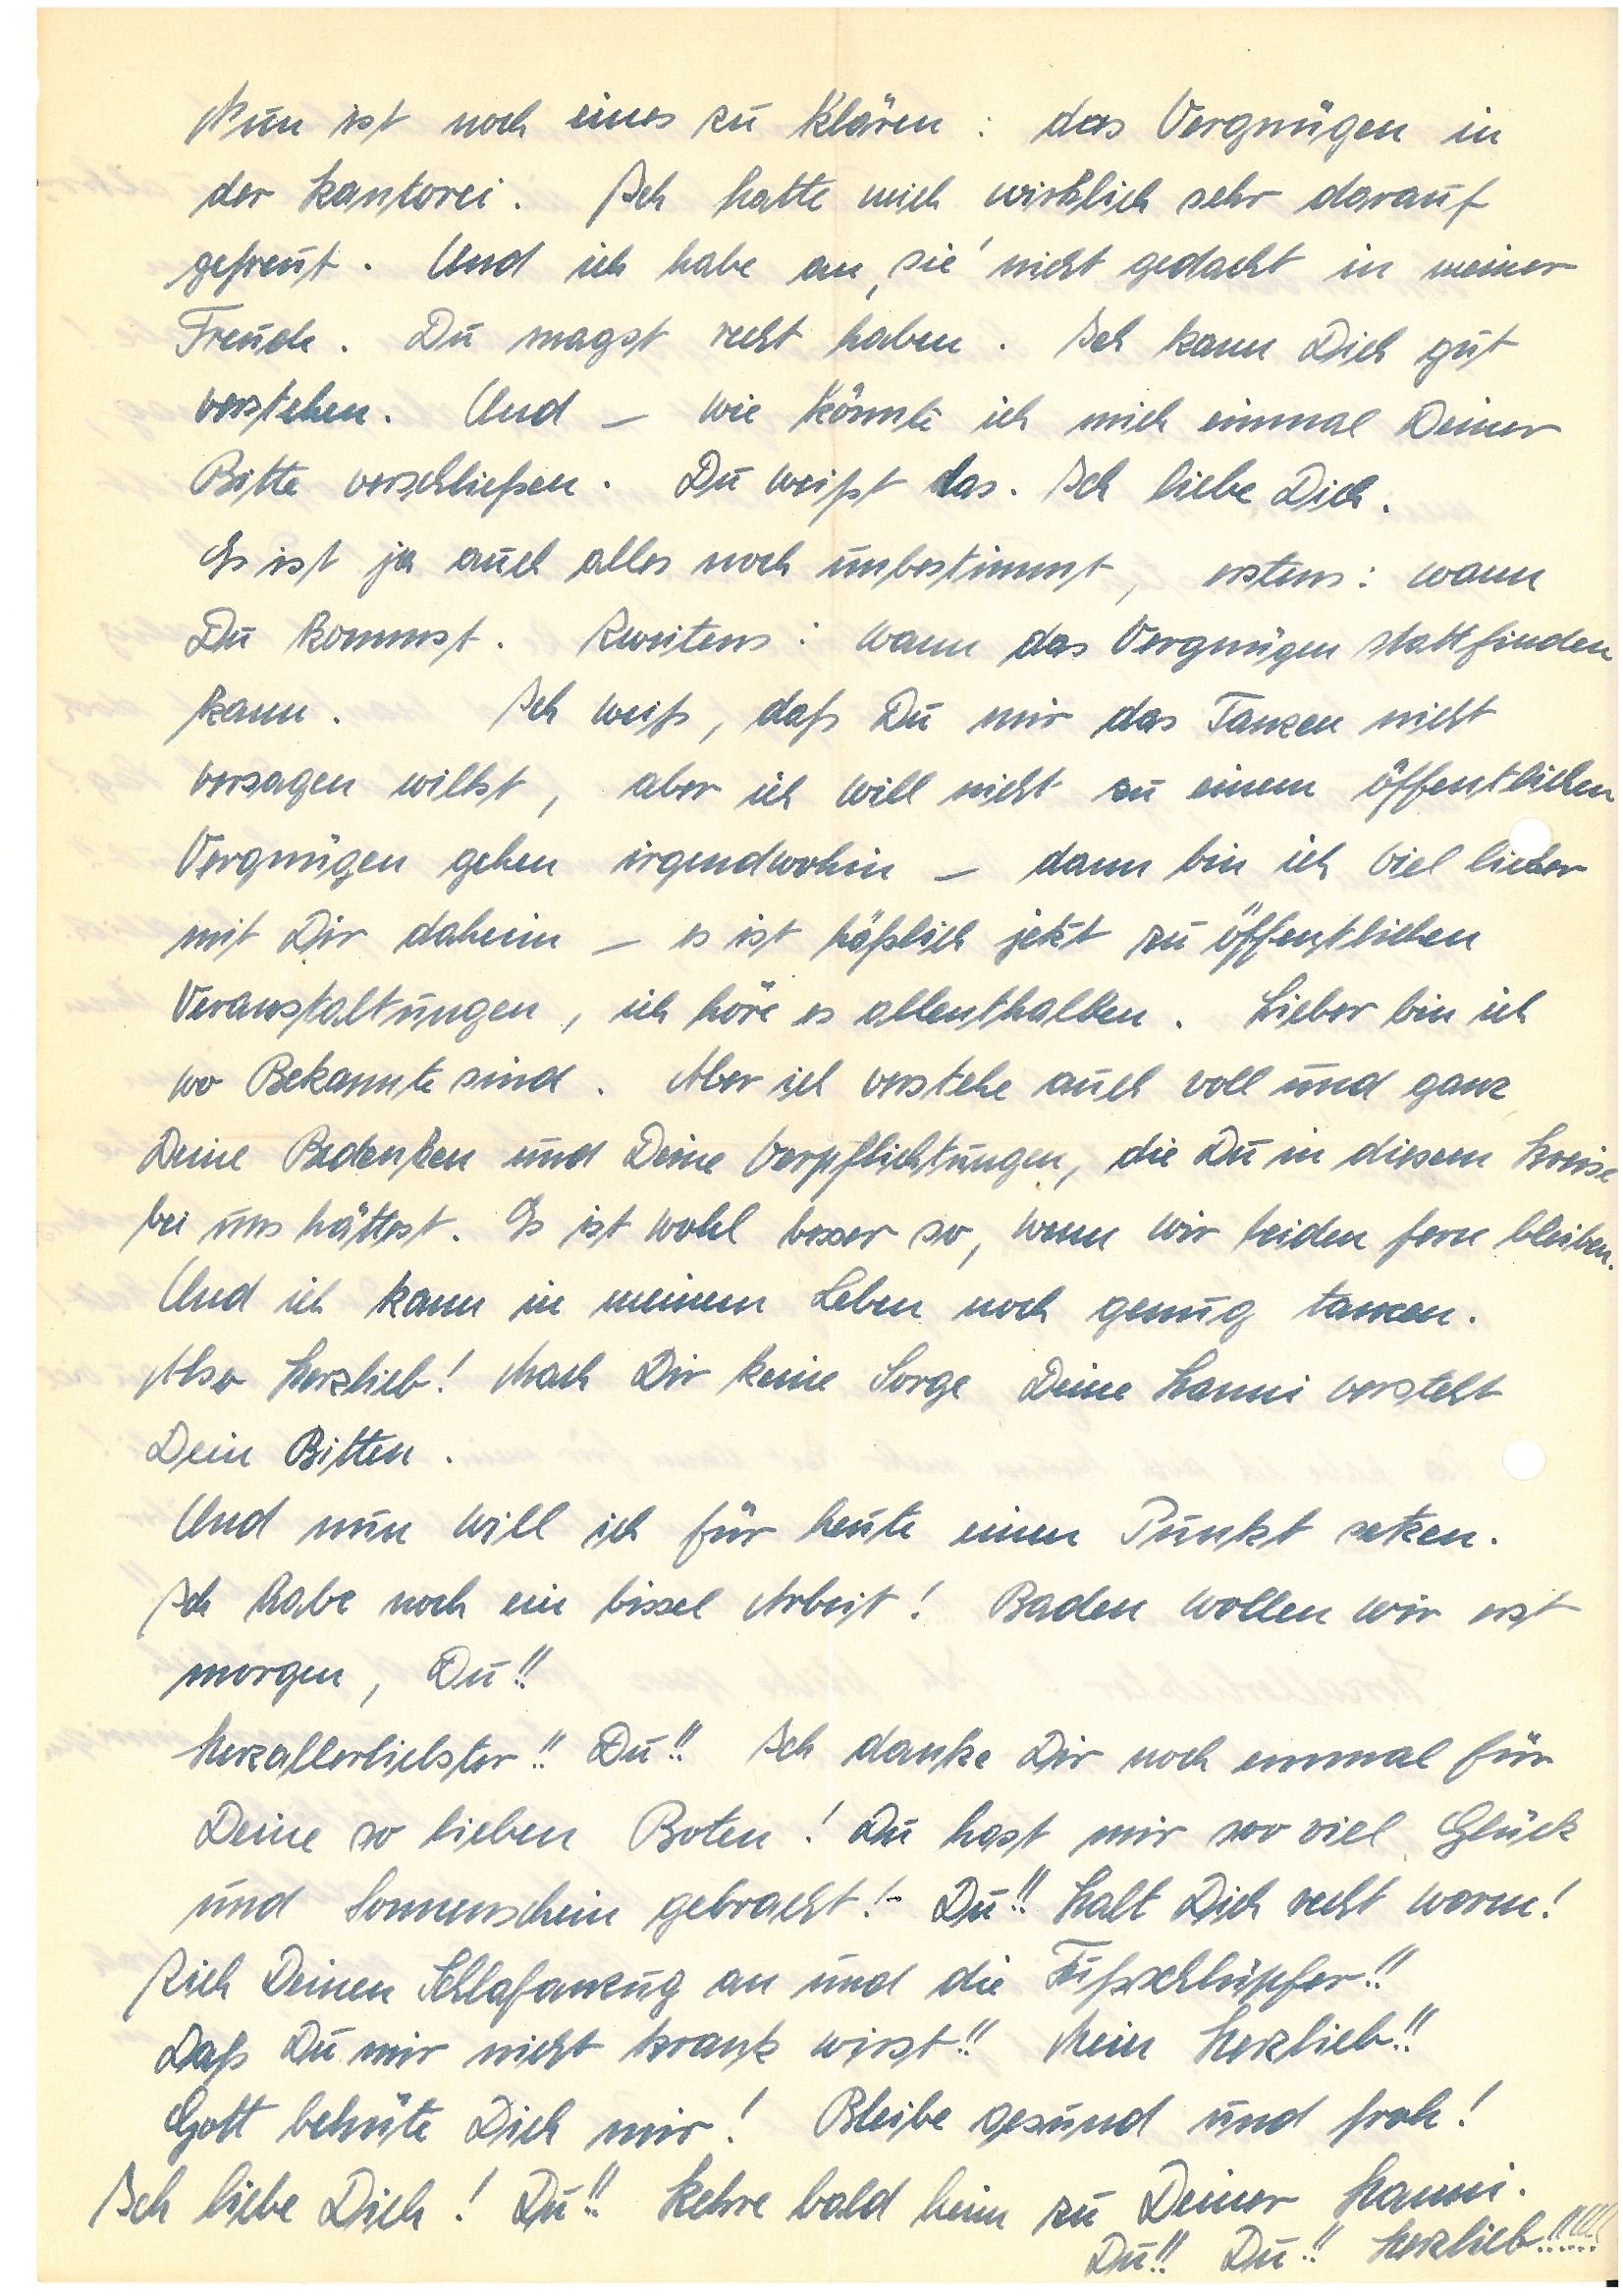
Nun ist noch eines zu klären: das Vergnügen in
der Kantorei. Ich hatte mich wirklich sehr darauf
gefreut. Und ich habe an ,sie’ nicht gedacht in meiner
Freude. Du magst recht haben. Ich kann Dich gut
verstehen. Und – wie könnte ich mich einmal Deiner
Bitte verschließen. Du weißt das. Ich liebe Dich.
Es ist ja auch alles noch unbestimmt, erstens: wann
Du kommst. Zweitens: wann das Vergnügen stattfinden
kann. Ich weiß, daß Du mir das Tanzen nicht
versagen willst, aber ich will nicht zu einem öffentlichen
Vergnügen gehen irgendwohin – dann bin ich viel lieber
mit Dir daheim – es ist häßlich jetzt zu öffentlichen
Veranstaltungen, ich höre es allenthalben. Lieber bin ich
wo Bekannte sind. Aber ich verstehe auch voll und ganz
Deine Bedenken und Deine Verpflichtungen, die Du in diesem Kreise
bei uns hättest. Es ist wohl besser so, wenn wir beiden fern bleiben.
Und ich kann in meinem Leben noch genug tanzen.
Also Herzlieb! Mach Dir keine Sorge Deine versteht
Dein Bitten.
Und nun will ich für heute einen Punkt setzen.
Ich habe noch ein bissel Arbeit! Baden wollen wir erst
morgen, Du!!
Herzallerliebster!! Du!! Ich danke Dir noch einmal für
Deine so lieben Boten! Du hast mir soo viel Glück
und Sonnenschein gebracht. Du!! Halt Dich recht warm!
Zieh Deinen Schlafanzug an und die Fußschlüpfer!!
Daß Du mir nicht krank wirst!! Mein Herzlieb!!
Gott behüte Dich mir! Bleibe gesund und froh!
Ich liebe Dich! Du!! Kehre bald heim zu Deiner.
Du!! Du!! Herzlieb!!!!!!!!